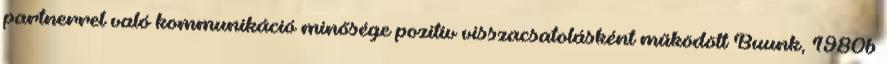
partnerrel való kommunikáció minősége pozitív visszacsatolásként működött Buunk, 1980b